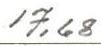
17,68